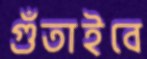
গুঁতাইবে